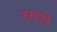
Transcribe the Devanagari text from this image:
टाइले